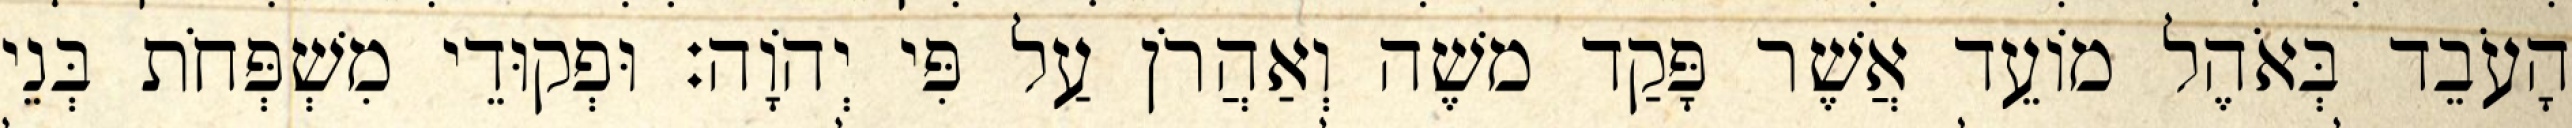
הָעֹבֵד בְּאֹהֶל מוֹעֵד אֲשֶׁר פָּקַד משֶׁה וְאַהֲרֹן עַל פִּי יְהוָֹה׃ וּפְקוּדֵי מִשְׁפְּחֹת בְּנֵי